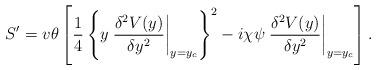
LaTeX: \begin{align*}S^{\prime}=v\theta\left[ \frac{1}{4}\left\{y\left.\frac{\delta^2V(y)}{\delta y^2}\right|_{y=y_c} \right\}^2-i\chi\psi\left.\frac{\delta^2V(y)}{\delta y^2}\right|_{y=y_c} \right] .\end{align*}